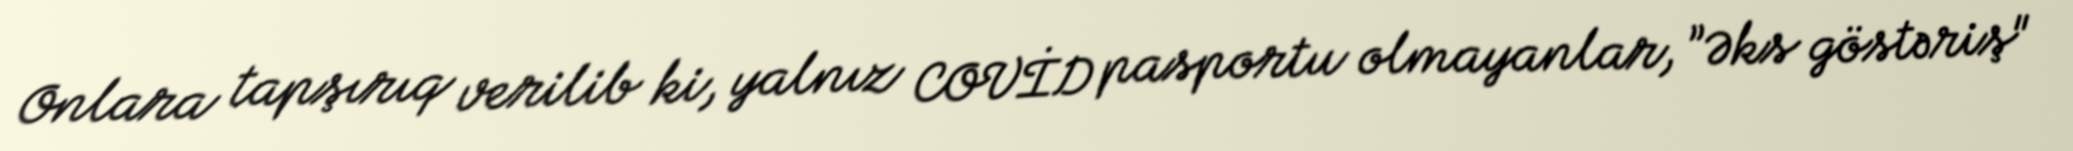
Onlara tapşırıq verilib ki, yalnız COVİD pasportu olmayanlar, ”Əks göstəriş"